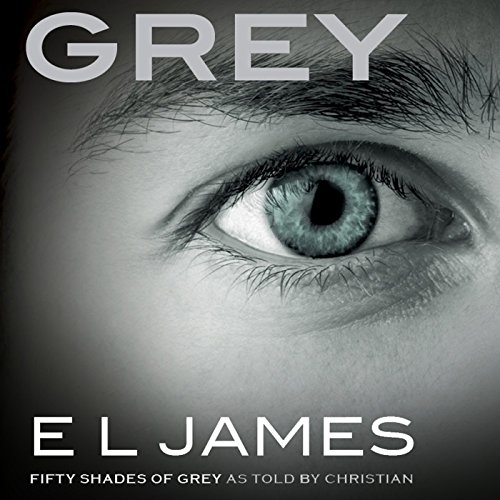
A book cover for Grey: Fifty Shades of Grey as Told by Christian; E. L. James; Romance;